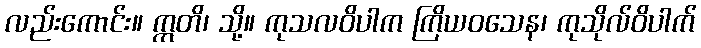
လည်းကောင်း။ ဣတိ၊ သို့။ ကုသလဝိပါက ကြိယဝသေန၊ ကုသိုလ်ဝိပါက်